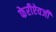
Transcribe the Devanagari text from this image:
फेरीऐवजी